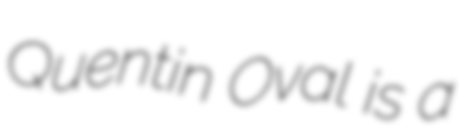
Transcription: Quentin Oval is a